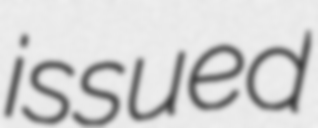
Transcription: issued